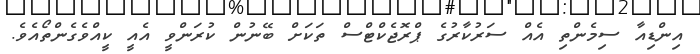
އިންޑިއާ ސިމެންތި އެއް ސަރުކާރުގެ ޕްރޮޖެކްޓްސް ތަކަށް ބޭނުން ކުރަންވީ އެއީ ކީއްވެގެންތޯއެވެ.